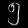
Digit: ၅